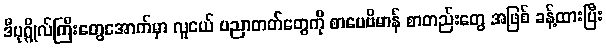
ဒီပုဂ္ဂိုလ်ကြီးတွေအောက်မှာ လူငယ် ပညာတတ်တွေကို စာပေဗိမာန် စာတည်းတွေ အဖြစ် ခန့်ထားပြီး